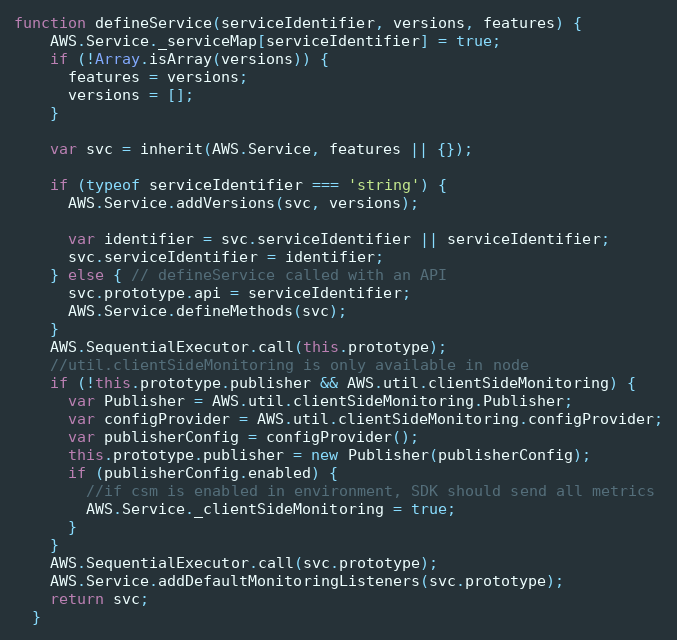
Language: JavaScript
function defineService(serviceIdentifier, versions, features) {
    AWS.Service._serviceMap[serviceIdentifier] = true;
    if (!Array.isArray(versions)) {
      features = versions;
      versions = [];
    }

    var svc = inherit(AWS.Service, features || {});

    if (typeof serviceIdentifier === 'string') {
      AWS.Service.addVersions(svc, versions);

      var identifier = svc.serviceIdentifier || serviceIdentifier;
      svc.serviceIdentifier = identifier;
    } else { // defineService called with an API
      svc.prototype.api = serviceIdentifier;
      AWS.Service.defineMethods(svc);
    }
    AWS.SequentialExecutor.call(this.prototype);
    //util.clientSideMonitoring is only available in node
    if (!this.prototype.publisher && AWS.util.clientSideMonitoring) {
      var Publisher = AWS.util.clientSideMonitoring.Publisher;
      var configProvider = AWS.util.clientSideMonitoring.configProvider;
      var publisherConfig = configProvider();
      this.prototype.publisher = new Publisher(publisherConfig);
      if (publisherConfig.enabled) {
        //if csm is enabled in environment, SDK should send all metrics
        AWS.Service._clientSideMonitoring = true;
      }
    }
    AWS.SequentialExecutor.call(svc.prototype);
    AWS.Service.addDefaultMonitoringListeners(svc.prototype);
    return svc;
  }